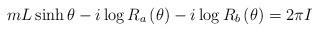
LaTeX: \begin{align*}mL\sinh \theta -i\log R_{a}\left( \theta \right) -i\log R_{b}\left( \theta \right) =2\pi I\end{align*}